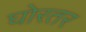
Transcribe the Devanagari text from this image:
घोरतर